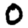
Digit: 0